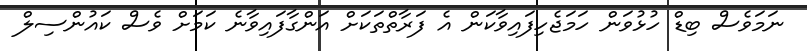
ނަމަވެސް ބިޑް ހުޅުވަން ހަމަޖެހިފައިވާކަން އެ ފަރާތްތަކަށް އަންގާފައިވާނެ ކަމަށް ވެސް ކައުންސިލް